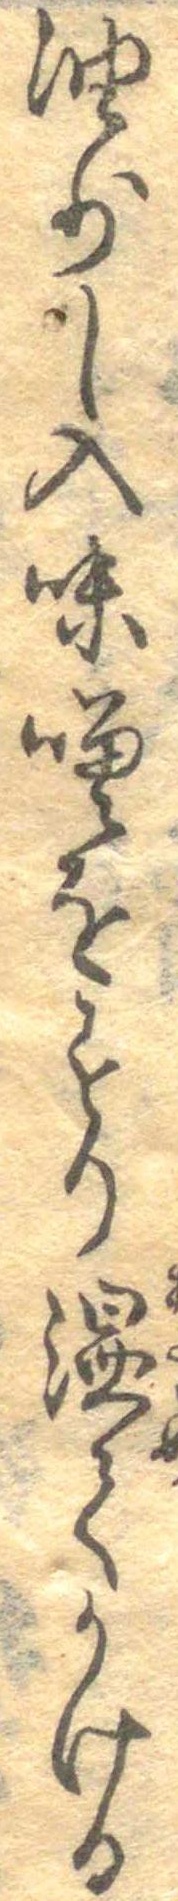
油少し入味噌をすり温てかける